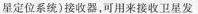
星定位系统)接收器，可用来接收卫星发